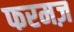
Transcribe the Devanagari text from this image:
फरमज़